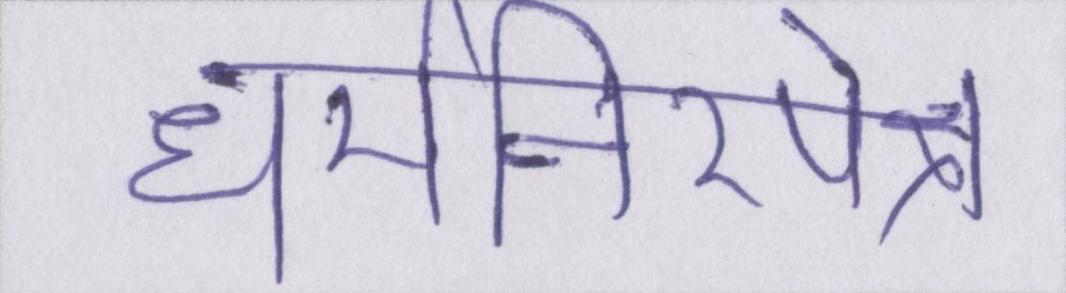
धर्मनिरपेक्ष